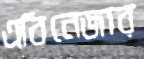
এবিনেজার